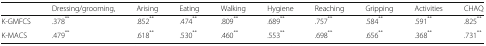
<table><thead><tr><td></td><td><b>Dressing/grooming,</b></td><td><b>Arising</b></td><td><b>Eating</b></td><td><b>Walking</b></td><td><b>Hygiene</b></td><td><b>Reaching</b></td><td><b>Gripping</b></td><td><b>Activities</b></td><td><b>CHAQ</b></td></tr></thead><tbody><tr><td>K-GMFCS</td><td>.378<sup>**</sup></td><td>.852<sup>**</sup></td><td>.474<sup>**</sup></td><td>.809<sup>**</sup></td><td>.689<sup>**</sup></td><td>.757<sup>**</sup></td><td>.584<sup>**</sup></td><td>.591<sup>**</sup></td><td>.825<sup>**</sup></td></tr><tr><td>K-MACS</td><td>.479<sup>**</sup></td><td>.618<sup>**</sup></td><td>.530<sup>**</sup></td><td>.460<sup>**</sup></td><td>.553<sup>**</sup></td><td>.698<sup>**</sup></td><td>.656<sup>**</sup></td><td>.368<sup>**</sup></td><td>.731<sup>**</sup></td></tr></tbody></table>